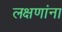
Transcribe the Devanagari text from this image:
लक्षणांना